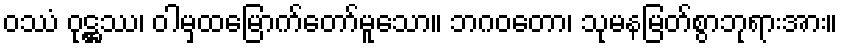
ဝဿံ ဝုဋ္ဌဿ၊ ဝါမှထမြောက်တော်မူသော။ ဘဂဝတော၊ သုမနမြတ်စွာဘုရားအား။